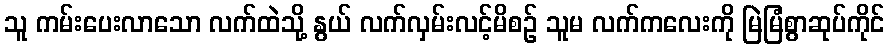
သူ ကမ်းပေးလာသော လက်ထဲသို့ နွယ် လက်လှမ်းလင့်မိစဉ် သူမ လက်ကလေးကို မြဲမြံစွာဆုပ်ကိုင်